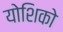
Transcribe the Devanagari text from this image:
योशिको